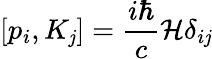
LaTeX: \left[p_{i},K_{\mathit{j}}\right]={\frac{{i\hbar}}{{c}}}{\mathcal{{H}}}\delta_{i\mathit{j}}